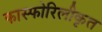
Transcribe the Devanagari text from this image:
फास्फोरिलीकृत